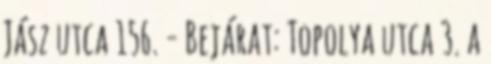
Jász utca 156. - Bejárat: Topolya utca 3. a